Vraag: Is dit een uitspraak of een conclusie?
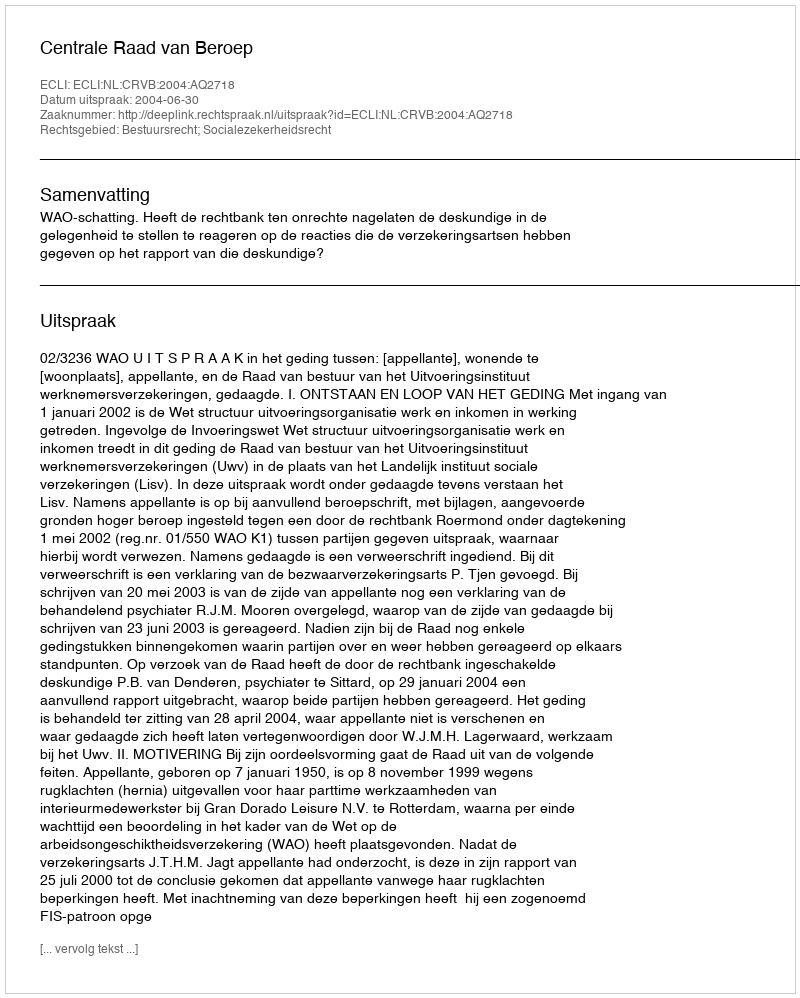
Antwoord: Uitspraak